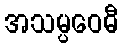
အသမ္ပဝေဓီ